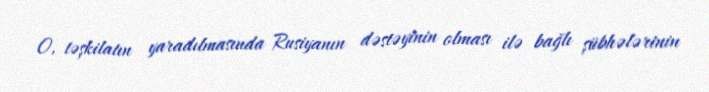
O, təşkilatın yaradılmasında Rusiyanın dəstəyinin olması ilə bağlı şübhələrinin